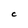
Character: C